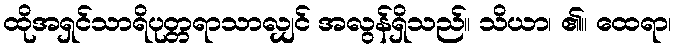
ထိုအရှင်သာရိပုတ္တရာသာလျှင် အလွန်ရှိသည်။ သိယာ၊ ၏။ ထေရာ၊